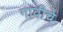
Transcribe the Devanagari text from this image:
गावीचे